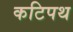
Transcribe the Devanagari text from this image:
कटिपथ